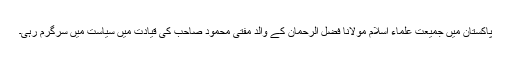
پاکستان میں جمیعت علماء اسلام مولانا فضل الرحمان کے والد مفتی محمود صاحب کی قیادت میں سیاست میں سرگرم رہی۔